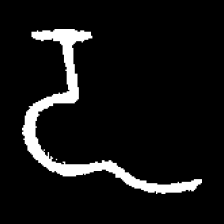
Pyu character \u2014 Myanmar letter: ဍ (romanized: dda)